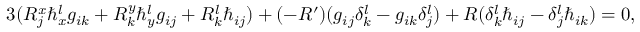
\begin{array} { r } { 3 ( R _ { j } ^ { x } \hbar _ { x } ^ { l } g _ { i k } + R _ { k } ^ { y } \hbar _ { y } ^ { l } g _ { i j } + R _ { k } ^ { l } \hbar _ { i j } ) + ( - R ^ { \prime } ) ( g _ { i j } \delta _ { k } ^ { l } - g _ { i k } \delta _ { j } ^ { l } ) + R ( \delta _ { k } ^ { l } \hbar _ { i j } - \delta _ { j } ^ { l } \hbar _ { i k } ) = 0 , } \end{array}